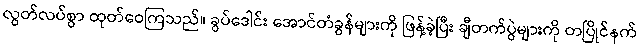
လွတ်လပ်စွာ ထုတ်ဝေကြသည်။ ခွပ်ဒေါင်း အောင်တံခွန်များကို ဖြန့်ခဲ့ပြီး ချီတက်ပွဲများကို တပြိုင်နက်